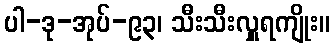
ပါ-ဒု-အုပ်-၉၃၊ သီးသီးလှူရကျိုး။